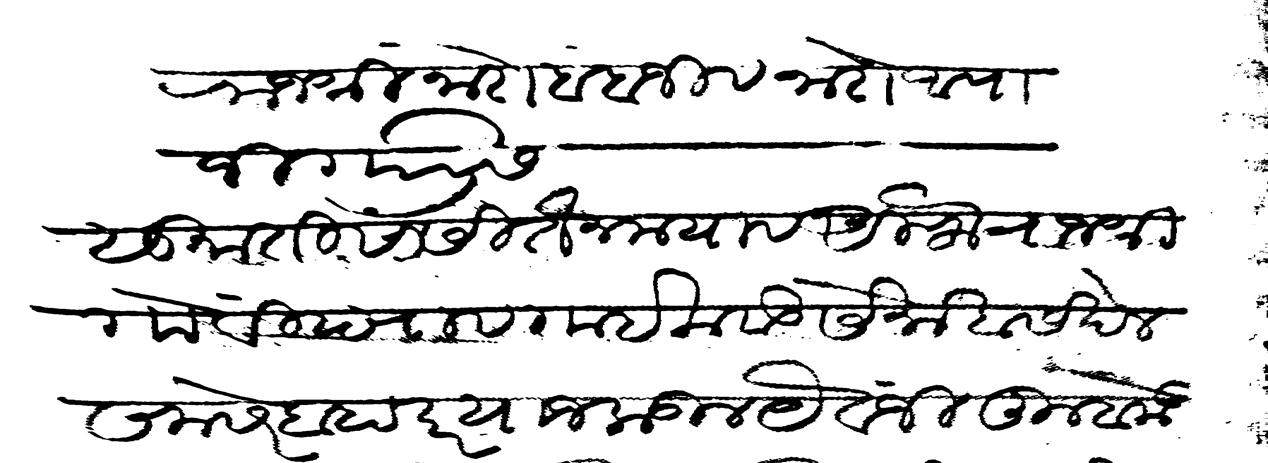
Transliteration (Devanagari): राजश्री नारो बाबाजी व नारो आपाजी गाो सु तीसा सीतैन मया व अलफ राजश्री गोविंदराव गाईकवाड सेना खासखेल समसेर बहादर याजकडील यैवजी तुम्हाकडे